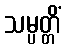
သမ္ပတ္တိံ